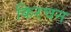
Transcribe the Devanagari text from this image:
किरचन